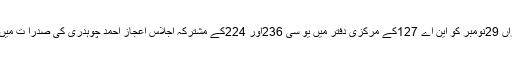
بعد ازاں 29نومبر کو این اے 127کے مرکزی دفتر میں یو سی 236اور 224کے مشترکہ اجلاس اعجاز احمد چوہدری کی صدرا ت میں ہوگا۔